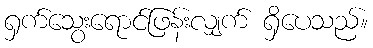
ရှက်သွေးရောင်ဖြန်းလျှက် ရှိပေသည်။